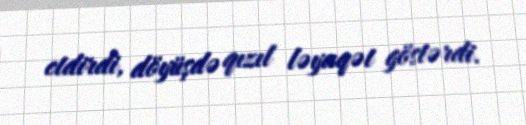
etdirdi, döyüşdə qızıl ləyaqət göstərdi.